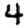
Digit: 4